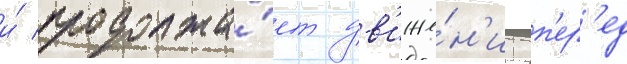
и́ продолжа́ет дв'иже́н'ие вп'ер'ед